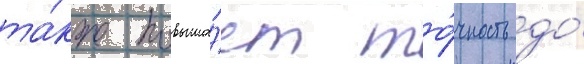
та́кже повыша́ет то́чность до́